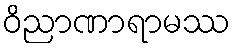
ဝိညာဏာရာမဿ